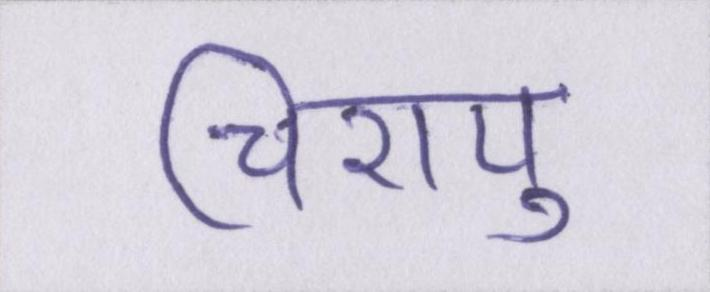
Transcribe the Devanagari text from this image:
चिरायु